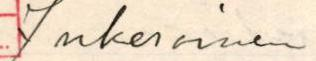
I nkeroinen